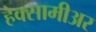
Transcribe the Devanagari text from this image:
हेक्सामीअर